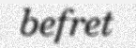
befret